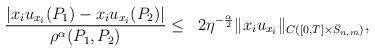
LaTeX: \begin{align*}\begin{aligned}\frac{|x_iu_{x_i}(P_1) - x_iu_{x_i}(P_2)|}{\rho^{\alpha}(P_1,P_2)}&\leq& 2 \eta^{-\frac{\alpha}{2}} \|x_iu_{x_i}\|_{C([0,T]\times\bar S_{n,m})},\end{aligned}\end{align*}